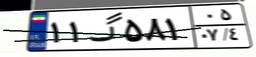
۱۱گ۵۸۱۰۵